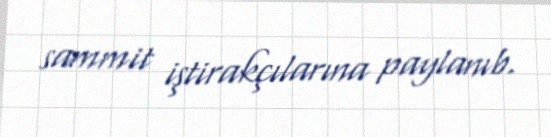
sammit iştirakçılarına paylanıb.